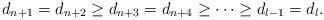
LaTeX: \begin{align*}d_{n+1}=d_{n+2}\ge d_{n+3}=d_{n+4}\ge \cdots \ge d_{l-1}=d_l.\end{align*}